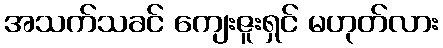
အသက်သခင် ကျေးဇူးရှင် မဟုတ်လား